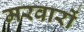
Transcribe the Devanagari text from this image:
मरवारों